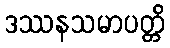
ဒဿနသမာပတ္တိ